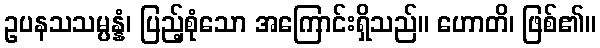
ဥပနသသမ္ပန္နံ၊ ပြည့်စုံသော အကြောင်းရှိသည်။ ဟောတိ၊ ဖြစ်၏။